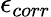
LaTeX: \epsilon_{corr}